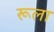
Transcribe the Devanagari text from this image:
रूला